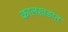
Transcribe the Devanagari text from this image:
कालखडांत